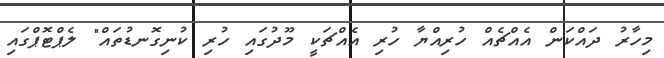
މިހާރު ދައްކަން އެއްޗެއް ހުރިއްޔާ ހުރި އެއްޗަކީ މޫދުގައި ހުރި ކުނިގޮނޑުތައް" ލެޕްޓޮޕްގައި